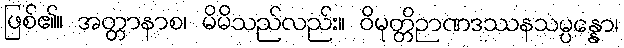
ဖြစ်၏။ အတ္တာနာစ၊ မိမိသည်လည်း။ ဝိမုတ္တိဉာဏဒဿနသမ္ပန္နော၊